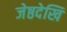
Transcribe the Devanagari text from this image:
जेष्ठदेखि